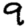
Digit: 9